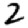
Digit: 2